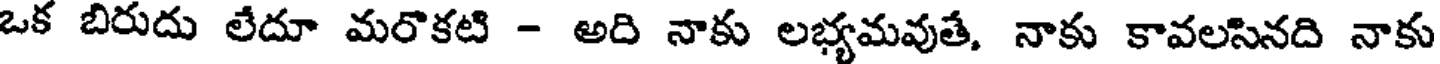
ఒక బిరుదు లేదూ మరొకటి - అది నాకు లభ్యమవుతే, నాకు కావలసినది నాకు